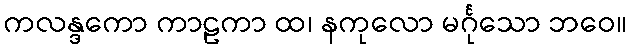
ကလန္ဒကော ကာဠကာ ထ၊ နကုလော မင်္ဂုသော ဘဝေ။